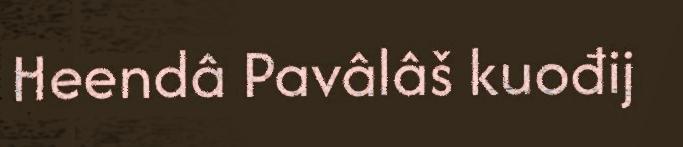
Heendâ Pavâlâš kuođij